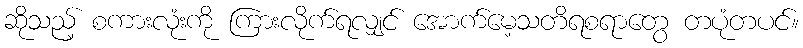
ဆိုသည့် စကားလုံးကို ကြားလိုက်ရလျှင် အောက်မေ့သတိရစရာတွေ တပုံတပင်။